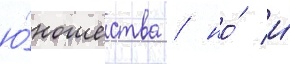
ю́ношества / но́ и́